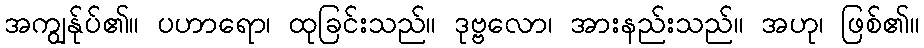
အကျွန်ုပ်၏။ ပဟာရော၊ ထုခြင်းသည်။ ဒုဗ္ဗလော၊ အားနည်းသည်။ အဟု၊ ဖြစ်၏။